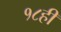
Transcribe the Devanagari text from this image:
१८ही